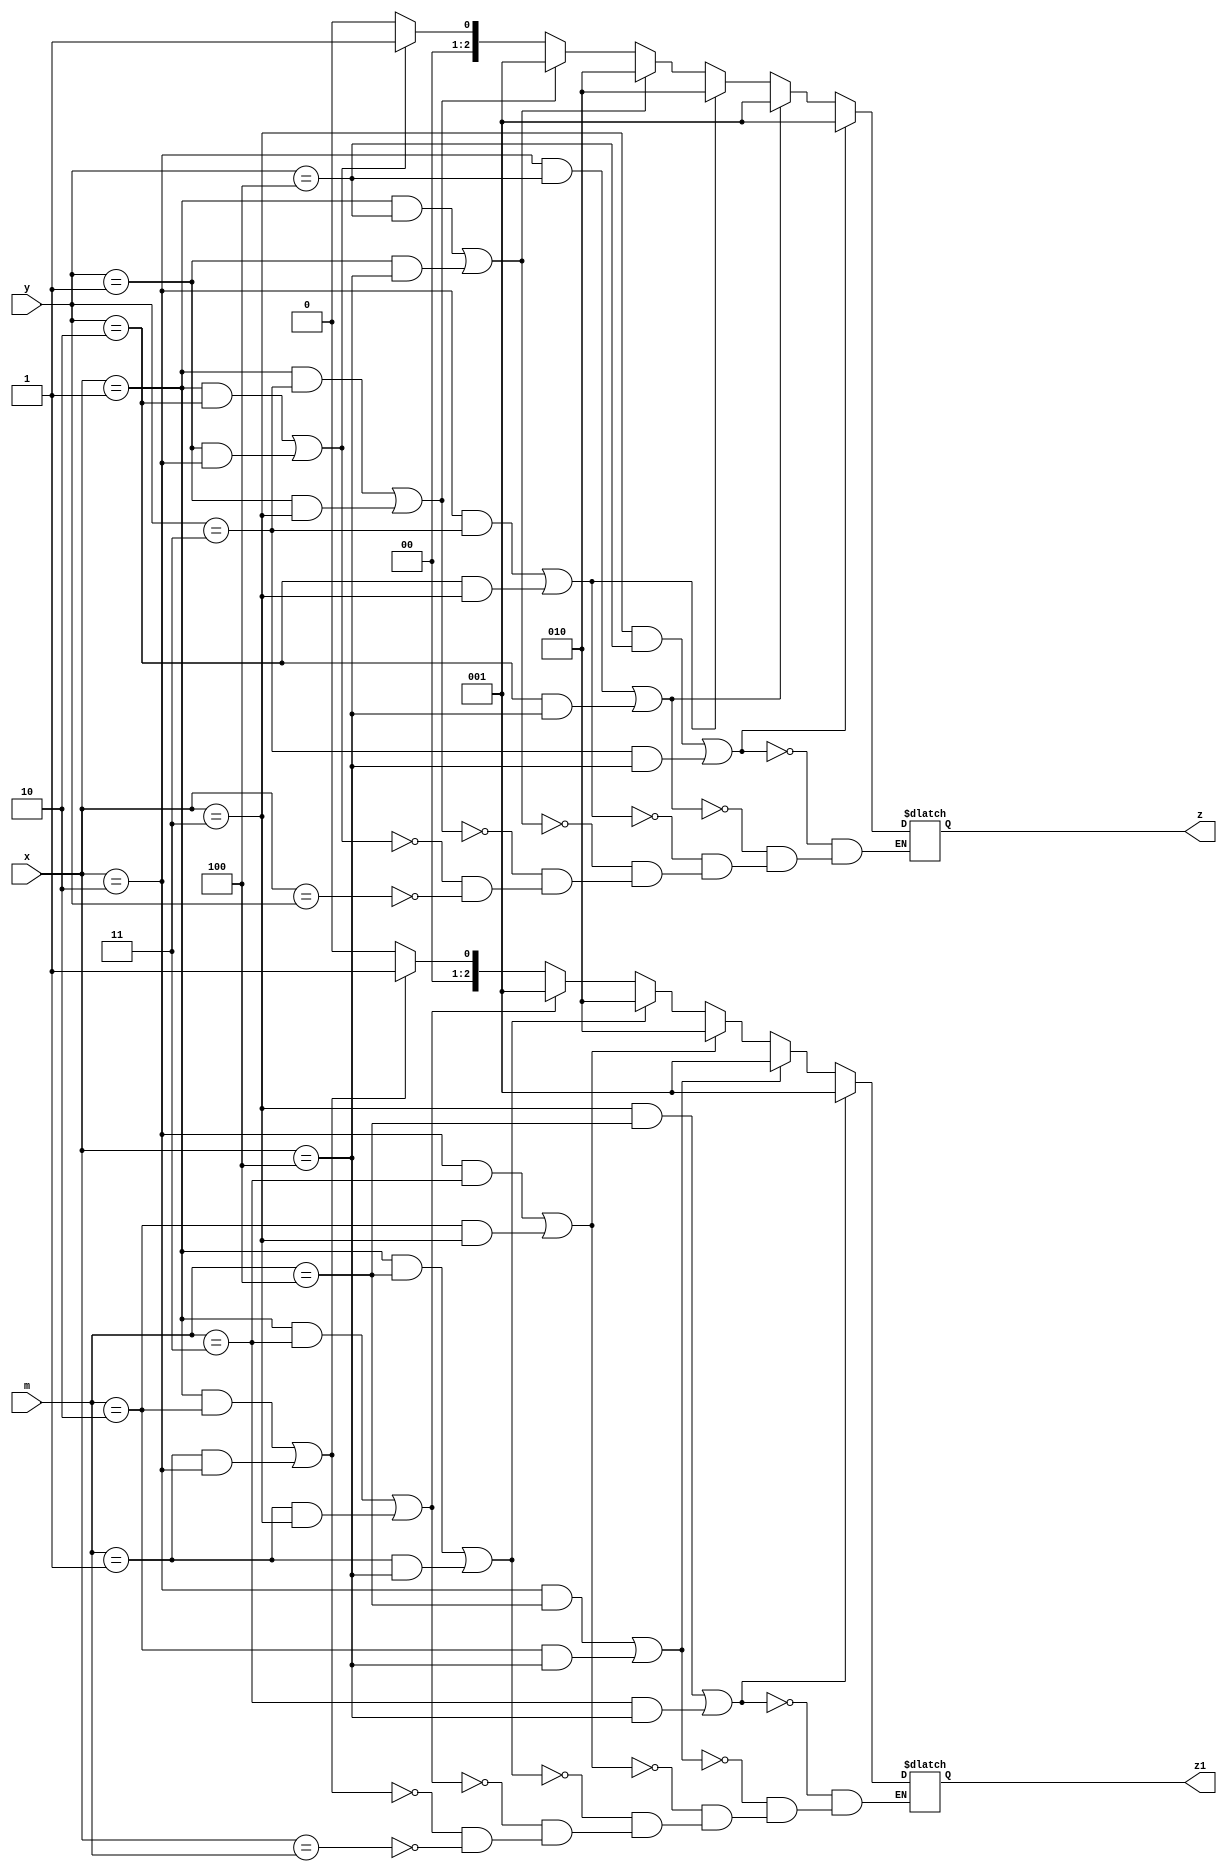
module hamming_calc(
    x,
    y,
    m,
    z,
    z1
);
    input [2:0] x;
    input [2:0] y;
    input [2:0] m;
    output reg[2:0] z;
    output reg[2:0] z1;

    always @(x , y) begin
        if(x==y)
            z=0;
        if(x==1&&y==2||y==1&&x==2)
            z=1;
        if(x==1&&y==3||y==1&&x==3)
            z=1;
        if(x==1&&y==4||y==1&&x==4)
            z=2;
        if(x==2&&y==3||y==2&&x==3)
            z=2;    
        if(x==2&&y==4||y==2&&x==4)
            z=1;
        if(x==3&&y==4||y==3&&x==4)
            z=1;
//in = 1
         if(x==m)
            z1=0;
        if(x==1&&m==2||m==1&&x==2)
            z1=1;
        if(x==1&&m==3||m==1&&x==3)
            z1=1;
        if(x==1&&m==4||m==1&&x==4)
            z1=2;
        if(x==2&&m==3||m==2&&x==3)
            z1=2;    
        if(x==2&&m==4||m==2&&x==4)
            z1=1;
        if(x==3&&m==4||m==3&&x==4)
            z1=1;
    end

endmodule